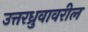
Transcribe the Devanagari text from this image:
उत्तरध्रुवावरील